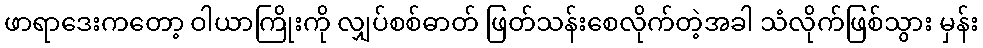
ဖာရာဒေးကတော့ ဝါယာကြိုးကို လျှပ်စစ်ဓာတ် ဖြတ်သန်းစေလိုက်တဲ့အခါ သံလိုက်ဖြစ်သွား မှန်း